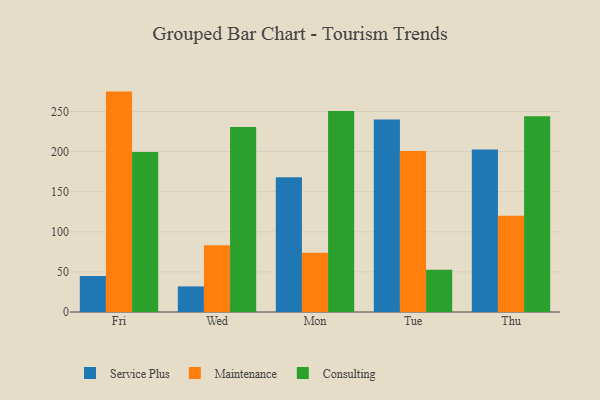
{"axis": {"x": "Day", "y": "Population (Million)"}, "legend": ["Consulting", "Maintenance", "Service Plus"], "data": [{"x": "Fri", "y": 45.0, "type": "Service Plus"}, {"x": "Fri", "y": 274.8, "type": "Maintenance"}, {"x": "Fri", "y": 199.5, "type": "Consulting"}, {"x": "Wed", "y": 31.9, "type": "Service Plus"}, {"x": "Wed", "y": 83.2, "type": "Maintenance"}, {"x": "Wed", "y": 230.8, "type": "Consulting"}, {"x": "Mon", "y": 168.1, "type": "Service Plus"}, {"x": "Mon", "y": 74.0, "type": "Maintenance"}, {"x": "Mon", "y": 250.6, "type": "Consulting"}, {"x": "Tue", "y": 239.9, "type": "Service Plus"}, {"x": "Tue", "y": 200.8, "type": "Maintenance"}, {"x": "Tue", "y": 52.7, "type": "Consulting"}, {"x": "Thu", "y": 202.6, "type": "Service Plus"}, {"x": "Thu", "y": 120.0, "type": "Maintenance"}, {"x": "Thu", "y": 244.1, "type": "Consulting"}]}